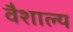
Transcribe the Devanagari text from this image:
वैशाल्य